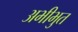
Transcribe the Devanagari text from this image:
अभीभुत